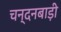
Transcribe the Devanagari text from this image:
चन्दनबाड़ी